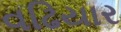
વઢિયાર